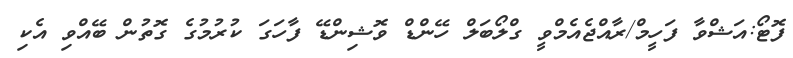
ފޮޓޯ:އަޝްވާ ފަހީމް/ރާއްޖެއެމްވީ ގްލޯބަލް ހޭންޑް ވޮޝިންޑޭ ފާހަގަ ކުރުމުގެ ގޮތުން ބޭއްވި އެކި